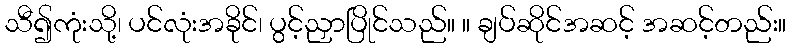
သီ၍ကုံးသို့၊ ပင်လုံးအခိုင်၊ ပွင့်ညှာပြိုင်သည်။ ။ ချပ်ဆိုင်အဆင့် အဆင့်တည်း။